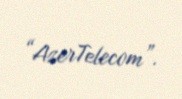
“AzerTelecom”.